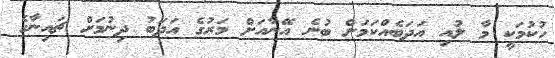
ހުކުމަކީ މާ ލުއި އަދަބެއްކަމަށް ބުނެ އޭނާއަށް މަރުގެ އަދަބު ދިނުމަށް ޗައިނާގެ